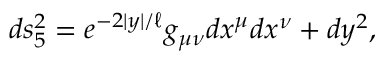
d s _ { 5 } ^ { 2 } = e ^ { - 2 | y | / \ell } g _ { \mu \nu } d x ^ { \mu } d x ^ { \nu } + d y ^ { 2 } ,